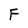
Character: F